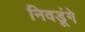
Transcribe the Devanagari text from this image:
निवडूंगे